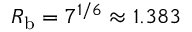
R _ { \mathrm { b } } = 7 ^ { 1 / 6 } \approx 1 . 3 8 3